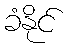
ခံနိုင်